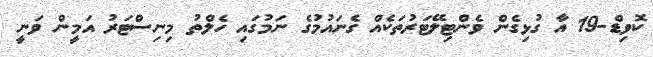
ކޮވިޑް-19 އާ ގުޅިގެން ވެންޓިލޭޓަރުތަކެއް ގެނައުމުގެ ނަމުގައި ހެލްތު މިނިސްޓަރު އަމީން ވަނީ